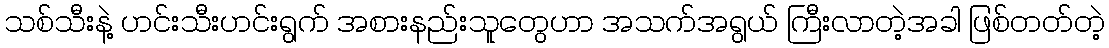
သစ်သီးနဲ့ ဟင်းသီးဟင်းရွက် အစားနည်းသူတွေဟာ အသက်အရွယ် ကြီးလာတဲ့အခါ ဖြစ်တတ်တဲ့